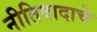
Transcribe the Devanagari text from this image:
नीतिवादाचे